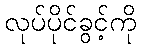
လုပ်ပိုင်ခွင့်ကို